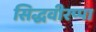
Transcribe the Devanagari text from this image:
सिद्धवीरप्पा